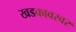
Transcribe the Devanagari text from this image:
खडकावरवर